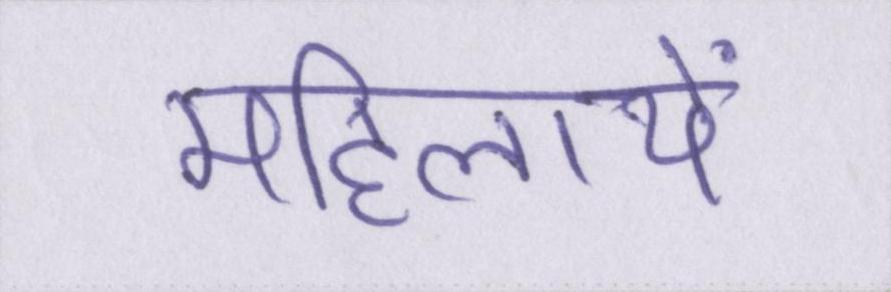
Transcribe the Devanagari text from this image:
महिलायें